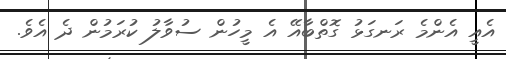
އެއީ އެންމެ ރަނގަޅު ގޮތްބާއޭ އެ މީހުން ސުވާލު ކުރަމުން ދެ އެވެ.